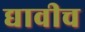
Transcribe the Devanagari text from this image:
द्यावीच